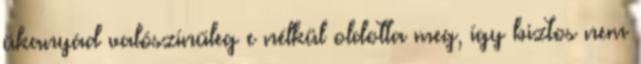
ükanyád valószínűleg e nélkül oldotta meg, így biztos nem